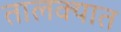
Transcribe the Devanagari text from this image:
तालक्यात